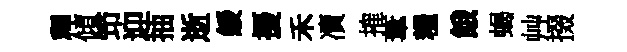
釋傾笻迎抽逝緩擾禾凟搉葦糧餓蝎艸掇